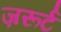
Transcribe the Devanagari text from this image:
ज़रूर्ट